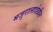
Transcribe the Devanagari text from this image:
मजुरालादेखील